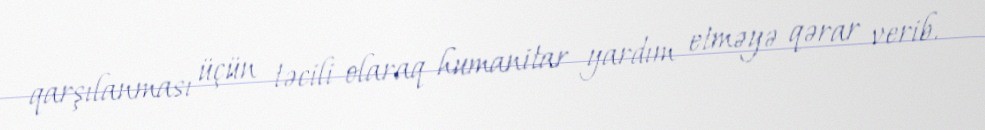
qarşılanması üçün təcili olaraq humanitar yardım etməyə qərar verib.